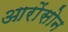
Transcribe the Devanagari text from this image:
आरोंसोन